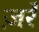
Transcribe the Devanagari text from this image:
ज़र्रे